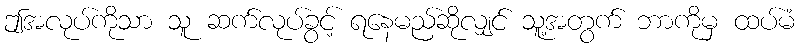
ဤအလုပ်ကိုသာ သူ ဆက်လုပ်ခွင့် ရနေမည်ဆိုလျှင် သူ့အတွက် ဘာကိုမှ ထပ်မံ